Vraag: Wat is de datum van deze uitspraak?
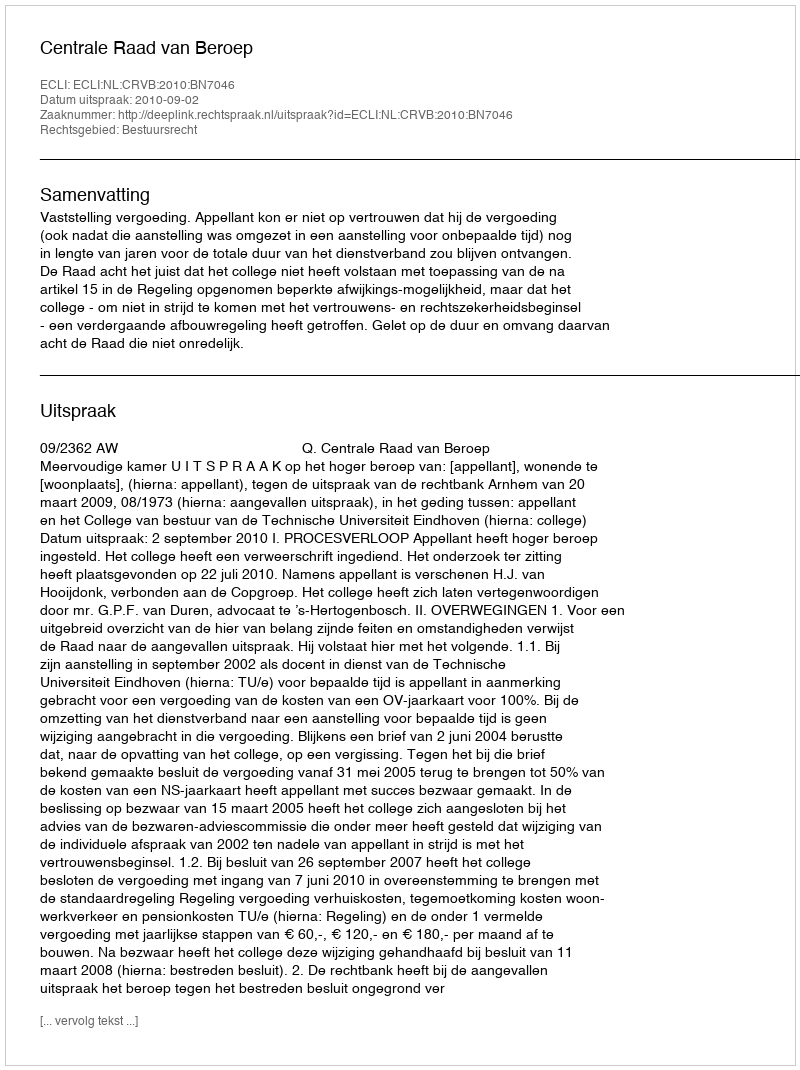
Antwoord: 2010-09-02